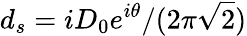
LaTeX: d_{s}=iD_{0}e^{i\theta}/(2\pi\sqrt{2})